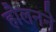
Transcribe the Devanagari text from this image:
हौलनने